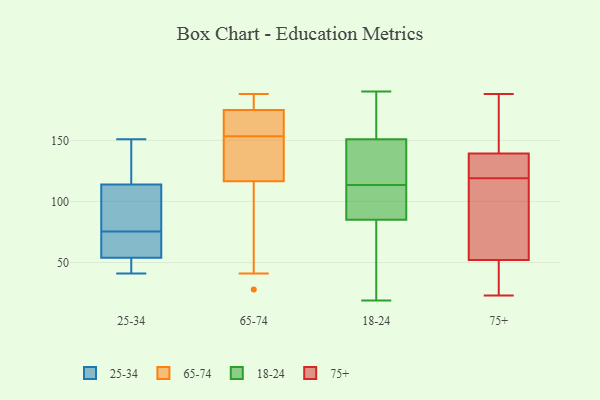
{"axis": {"x": "Website Visitors", "y": "Value"}, "legend": ["18-24", "25-34", "65-74", "75+"], "data": [{"x": "", "y": 69, "type": "25-34"}, {"x": "", "y": 151, "type": "25-34"}, {"x": "", "y": 131, "type": "25-34"}, {"x": "", "y": 48, "type": "25-34"}, {"x": "", "y": 60, "type": "25-34"}, {"x": "", "y": 48, "type": "25-34"}, {"x": "", "y": 84, "type": "25-34"}, {"x": "", "y": 41, "type": "25-34"}, {"x": "", "y": 75, "type": "25-34"}, {"x": "", "y": 149, "type": "25-34"}, {"x": "", "y": 97, "type": "25-34"}, {"x": "", "y": 76, "type": "25-34"}, {"x": "", "y": 152, "type": "65-74"}, {"x": "", "y": 28, "type": "65-74"}, {"x": "", "y": 155, "type": "65-74"}, {"x": "", "y": 165, "type": "65-74"}, {"x": "", "y": 161, "type": "65-74"}, {"x": "", "y": 41, "type": "65-74"}, {"x": "", "y": 175, "type": "65-74"}, {"x": "", "y": 77, "type": "65-74"}, {"x": "", "y": 131, "type": "65-74"}, {"x": "", "y": 104, "type": "65-74"}, {"x": "", "y": 129, "type": "65-74"}, {"x": "", "y": 179, "type": "65-74"}, {"x": "", "y": 175, "type": "65-74"}, {"x": "", "y": 188, "type": "65-74"}, {"x": "", "y": 179, "type": "65-74"}, {"x": "", "y": 131, "type": "65-74"}, {"x": "", "y": 117, "type": "18-24"}, {"x": "", "y": 84, "type": "18-24"}, {"x": "", "y": 19, "type": "18-24"}, {"x": "", "y": 110, "type": "18-24"}, {"x": "", "y": 167, "type": "18-24"}, {"x": "", "y": 118, "type": "18-24"}, {"x": "", "y": 113, "type": "18-24"}, {"x": "", "y": 176, "type": "18-24"}, {"x": "", "y": 151, "type": "18-24"}, {"x": "", "y": 114, "type": "18-24"}, {"x": "", "y": 148, "type": "18-24"}, {"x": "", "y": 19, "type": "18-24"}, {"x": "", "y": 85, "type": "18-24"}, {"x": "", "y": 174, "type": "18-24"}, {"x": "", "y": 74, "type": "18-24"}, {"x": "", "y": 87, "type": "18-24"}, {"x": "", "y": 190, "type": "18-24"}, {"x": "", "y": 92, "type": "18-24"}, {"x": "", "y": 138, "type": "75+"}, {"x": "", "y": 100, "type": "75+"}, {"x": "", "y": 114, "type": "75+"}, {"x": "", "y": 143, "type": "75+"}, {"x": "", "y": 119, "type": "75+"}, {"x": "", "y": 188, "type": "75+"}, {"x": "", "y": 130, "type": "75+"}, {"x": "", "y": 23, "type": "75+"}, {"x": "", "y": 165, "type": "75+"}, {"x": "", "y": 126, "type": "75+"}, {"x": "", "y": 28, "type": "75+"}, {"x": "", "y": 60, "type": "75+"}, {"x": "", "y": 24, "type": "75+"}]}